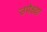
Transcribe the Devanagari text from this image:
उपेक्ष्या